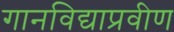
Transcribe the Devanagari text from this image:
गानविद्याप्रवीण